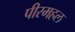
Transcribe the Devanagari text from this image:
पीरमहल